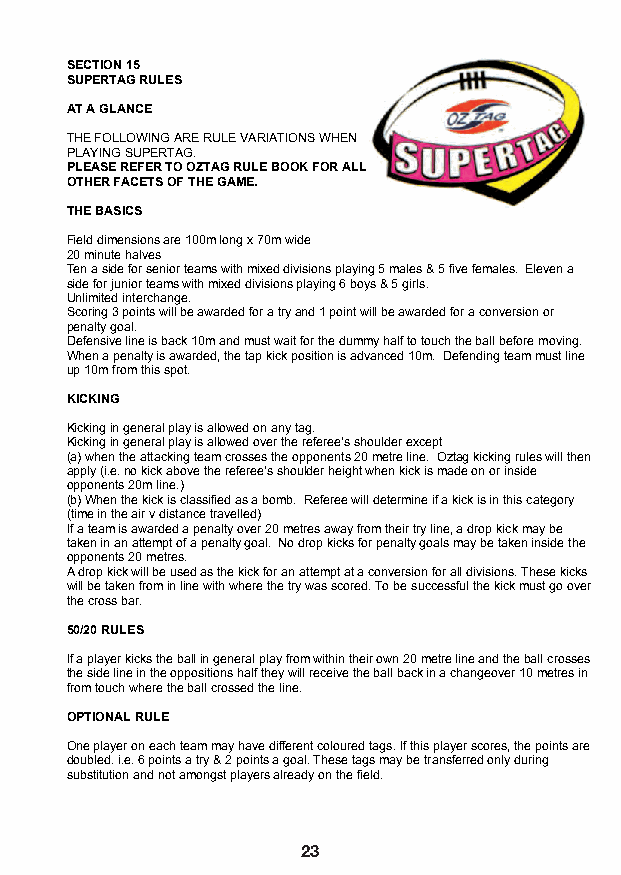
SECTION 15
 SUPERTAG RULES
 AT A GLANCE
 THE FOLLOWING ARE RULE VARIATIONS WHEN
 PLAYING SUPERTAG.
 PLEASE REFER TO OZTAG RULE BOOK FOR ALL
 OTHER FACETS OF THE GAME.
 THE BASICS
 Field dimensions are 100m long x 70m wide
 20 minute halves
 Ten a side for senior teams with mixed divisions playing 5 males & 5 five females. Eleven a
 side for junior teams with mixed divisions playing 6 boys & 5 girls.
 Unlimited interchange.
 Scoring 3 points will be awarded for a try and 1 point will be awarded for a conversion or
 penalty goal.
 Defensive line is back 10m and must wait for the dummy half to touch the ball before moving.
 When a penalty is awarded, the tap kick position is advanced 10m. Defending team must line
 up 10m from this spot.
 KICKING
 Kicking in general play is allowed on any tag.
 Kicking in general play is allowed over the referee’s shoulder except
 (a) when the attacking team crosses the opponents 20 metre line. Oztag kicking rules will then
 apply (i.e. no kick above the referee’s shoulder height when kick is made on or inside
 opponents 20m line.)
 (b) When the kick is classified as a bomb. Referee will determine if a kick is in this category
 (time in the air v distance travelled)
 If a team is awarded a penalty over 20 metres away from their try line, a drop kick may be
 taken in an attempt of a penalty goal. No drop kicks for penalty goals may be taken inside the
 opponents 20 metres.
 A drop kick will be used as the kick for an attempt at a conversion for all divisions. These kicks
 will be taken from in line with where the try was scored. To be successful the kick must go over
 the cross bar.
 50/20 RULES
 If a player kicks the ball in general play from within their own 20 metre line and the ball crosses
 the side line in the oppositions half they will receive the ball back in a changeover 10 metres in
 from touch where the ball crossed the line.
 OPTIONAL RULE
 One player on each team may have different coloured tags. If this player scores, the points are
 doubled. i.e. 6 points a try & 2 points a goal. These tags may be transferred only during
 substitution and not amongst players already on the field.
 25
 23                                       24